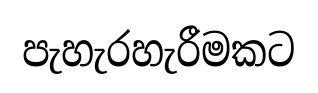
පැහැරහැරීමකට